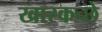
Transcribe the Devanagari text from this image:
खारकच्छे